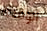
الوقحة